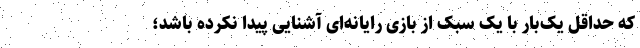
که حداقل یک‌بار با یک سبک از بازی رایانه‌ای آشنایی پیدا نکرده باشد؛